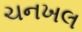
ચનખલ